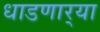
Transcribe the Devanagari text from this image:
धाडणार्‍या